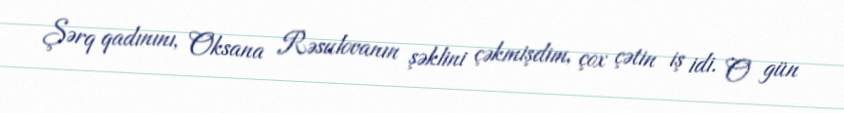
Şərq qadınını, Oksana Rəsulovanın şəklini çəkmişdim, çox çətin iş idi. O gün